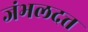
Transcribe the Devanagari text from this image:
जंभलदत्त